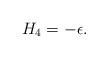
LaTeX: \begin{align*}H_4 = -\epsilon.\end{align*}